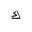
Letter: _kaf